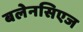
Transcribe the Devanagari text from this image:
बलेनसिएज